Lunatic asylums Punjab 1895-1910 - 1895-1910
Year: 1895
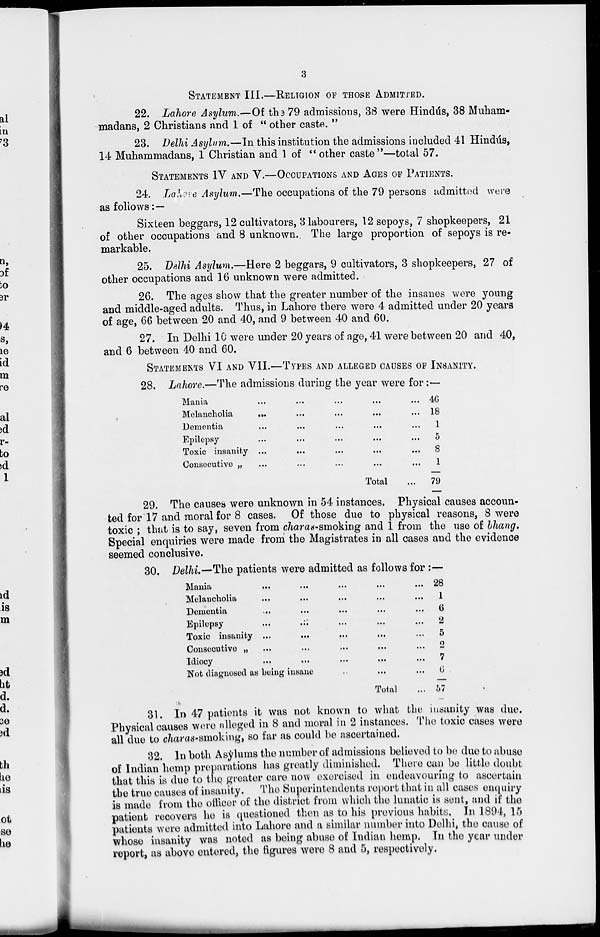
3
STATEMENT III.—RELIGION OF THOSE ADMITTED.
22. Lahore Asylum.—Of the 79 admissions, 38 were Hindús, 38 Muham-
madans, 2 Christians and 1 of " other caste. "
23. Delhi Asylum.—In this institution the admissions included 41 Hindús,
14 Muhammadans, 1 Christian and 1 of " other caste"—total 57.
STATEMENTS IV AND V.—OCCUPATIONS AND AGES OF PATIENTS.
24. Lahore Asylum.—The occupations of the 79 persons admitted were
as follows :—
Sixteen beggars, 12 cultivators, 3 labourers, 12 sepoys, 7 shopkeepers, 21
of other occupations and 8 unknown. The large proportion of sepoys is re-
markable.
25. Delhi Asylum.—Here 2 beggars, 9 cultivators, 3 shopkeepers, 27 of
other occupations and 16 unknown were admitted.
26. The ages show that the greater number of the insanes were young
and middle-aged adults. Thus, in Lahore there were 4 admitted under 20 years
of age, 66 between 20 and 40, and 9 between 40 and 60.
27. In Delhi 10 were under 20 years of age, 41 were between 20 and 40,
and 6 between 40 and 60.
STATEMENTS VI AND VII.—TYPES AND ALLEGED CAUSES OF INSANITY.
28. Lahore.—The admissions during the year were for:—
Mania
...
...
...
...
...
Melancholia ... ... ... ... ...
Dementia ... ... ... ... ...
Epilepsy ... ... ... ... ...
Toxic insanity ... ... ... ... ...
Consecutive ... ... ... ... ...
Total ...
46
18
1
5
8
1
79
29. The causes were unknown in 54 instances. Physical causes accoun-
ted for 17 and moral for 8 cases. Of those due to physical reasons, 8 were
toxic ; that is to say, seven from charas-smoking and 1 from the use of bhang.
Special enquiries were made from the Magistrates in all cases and the evidence
seemed conclusive.
30. Delhi.—The patients were admitted as follows for :—
Mania ... ... ... ... ...
Melancholia ... ... ... ... ...
Dementia ... ... ... ... ...
Epilepsy ... ... ... ... ...
Toxic insanity ... ... ... ... ...
Consecutive ... ... ... ... ...
Idiocy ... ... ... ... ...
Not diagnosed as being insane ... ... ...
Total ...
28
1
6
2
5
2
7
6
57
31. In 47 patients it was not known to what the insanity was due.
Physical causes were alleged in 8 and moral in 2 instances. The toxic cases were
all due to charas-smoking, so far as could be ascertained.
32. In both Asylums the number of admissions believed to be due to abuse
of Indian hemp preparations has greatly diminished. There can be little doubt
that this is due to the greater care now exercised in endeavouring to ascertain
the true causes of insanity.
The Superintendents report that in all cases enquiry
is made from the officer of the district from which the lunatic is sent, and if the
patient recovers he is questioned then as to his previous habits. In 1894, 15
patients were admitted into Lahore and a similar number into Delhi, the cause of
whose insanity was noted as being abuse of Indian hemp. In the year under
report, as above entered, the figures were 8 and 5, respectively.